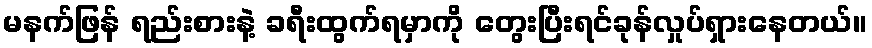
မနက်ဖြန် ရည်းစားနဲ့ ခရီးထွက်ရမှာကို တွေးပြီးရင်ခုန်လှုပ်ရှားနေတယ်။